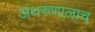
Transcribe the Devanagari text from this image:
अंथरुणालाच